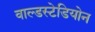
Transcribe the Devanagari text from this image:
वाल्डस्टेडियोन